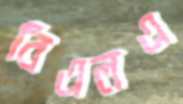
বিএলএ